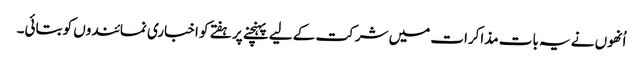
اُنھوں نے یہ بات مذاکرات میں شرکت کے لیے پہنچنے پر ہفتے کو اخباری نمائندوں کو بتائی۔